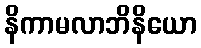
နိကာမလာဘိနိယော